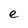
Character: e